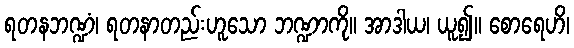
ရတနဘဏ္ဍံ၊ ရတနာတည်းဟူသော ဘဏ္ဍာကို။ အာဒါယ၊ ယူ၍။ စောရေဟိ၊